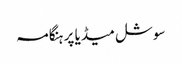
سوشل میڈیا پر ہنگامہ